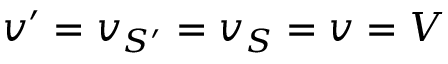
v ^ { \prime } = v _ { S ^ { \prime } } = v _ { S } = v = V